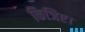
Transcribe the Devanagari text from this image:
किजिए।